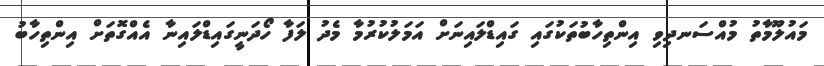
މައުލޫމާތު މުއްސަނދިވި އިންތިހާބުތަކުގައި ގައިޑްލައިނަށް އަމަލުކުރުމާ މެދު ލަފާ ހޯދަނީގައިޑްލައިނާ އެއްގޮތަށް އިންތިހާބު